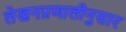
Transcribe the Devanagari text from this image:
लेखनप्रणालीनुसार